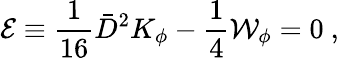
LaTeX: {\mathcal E}\equiv\frac{1}{16}{\bar{D}}^{2}K_{\phi}-\frac{1}{4}{\mathcal W}_{\phi}=0\ ,